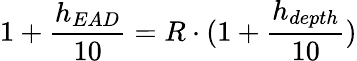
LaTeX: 1+{\frac{h_{EAD}}{10}}=R\cdot(1+{\frac{h_{depth}}{10}})